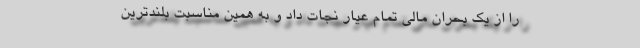
را از یک بحران مالی تمام عیار نجات داد و به همین مناسبت بلندترین